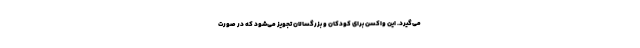
می‌گیرد. این واکسن برای کودکان و بزرگسالان تجویز می‌شود که در صورت